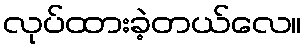
လုပ်ထားခဲ့တယ်လေ။